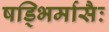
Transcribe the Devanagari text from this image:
षड्भिर्मासैः